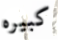
كبيره